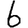
Digit: 6